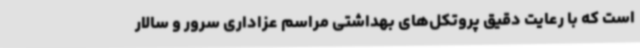
است که با رعایت دقیق پروتکل‌های بهداشتی مراسم عزاداری سرور و سالار